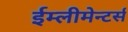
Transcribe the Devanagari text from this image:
ईम्लीमेन्टर्स